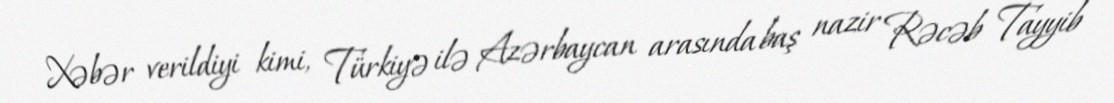
Xəbər verildiyi kimi, Türkiyə ilə Azərbaycan arasında baş nazir Rəcəb Tayyib